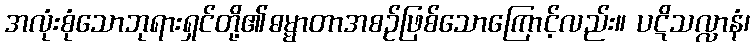
အလုံးစုံသောဘုရားရှင်တို့၏ဓမ္မာတာအစဉ်ဖြစ်သောကြောင့်လည်း။ ပဋိသလ္လာနံ၊